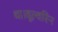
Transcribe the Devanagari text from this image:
था।वूल्वरिन